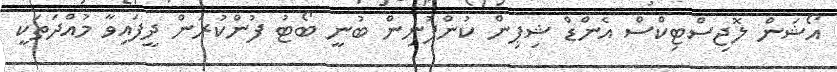
އޯޝަން ލޮޖިސްޓިކްސް އެންޑް ޝިޕިން ކުންފުނިން ބުނީ ބޯޓު ފުންކުރަން ދީފައިވާ މުއްދަތަކީ